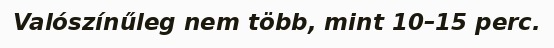
Valószínűleg nem több, mint 10–15 perc.